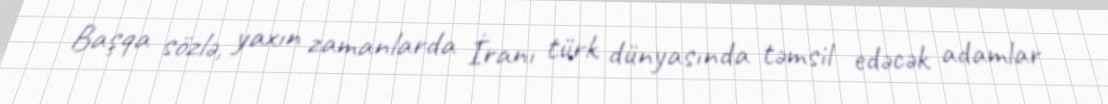
Başqa sözlə, yaxın zamanlarda İranı türk dünyasında təmsil edəcək adamlar